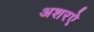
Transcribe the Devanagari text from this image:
अशरऐ